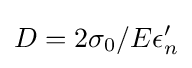
D=2\sigma _{0}/E\epsilon '_{n}